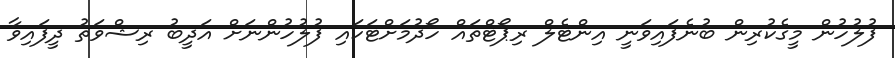
ފުލުހުން މީގެކުރިން ބުނެފައިވަނީ އިންޓެލް ރިޕޯޓްތައް ހޯދުމަށްޓަކައި ފުލުހުންނަށް އަދީބު ރިޝްވަތު ދީފައިވާ